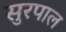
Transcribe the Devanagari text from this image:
सुरपाल